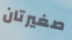
صغيرتان